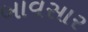
બાવસાર